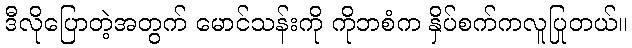
ဒီလိုပြောတဲ့အတွက် မောင်သန်းကို ကိုဘစံက နှိပ်စက်ကလူပြုတယ်။